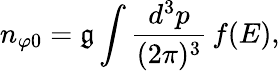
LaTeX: n_{\varphi0}=\mathfrak{g}\int{\frac{{d^{3}p}}{{(2\pi)^{3}}}}\, f(E),